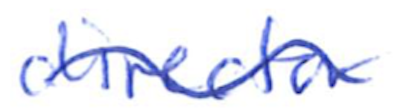
Text: director
Cross-out: wave
Writing tool: ballpoint